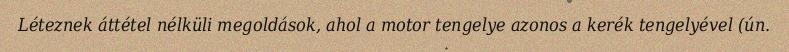
Léteznek áttétel nélküli megoldások, ahol a motor tengelye azonos a kerék tengelyével (ún.